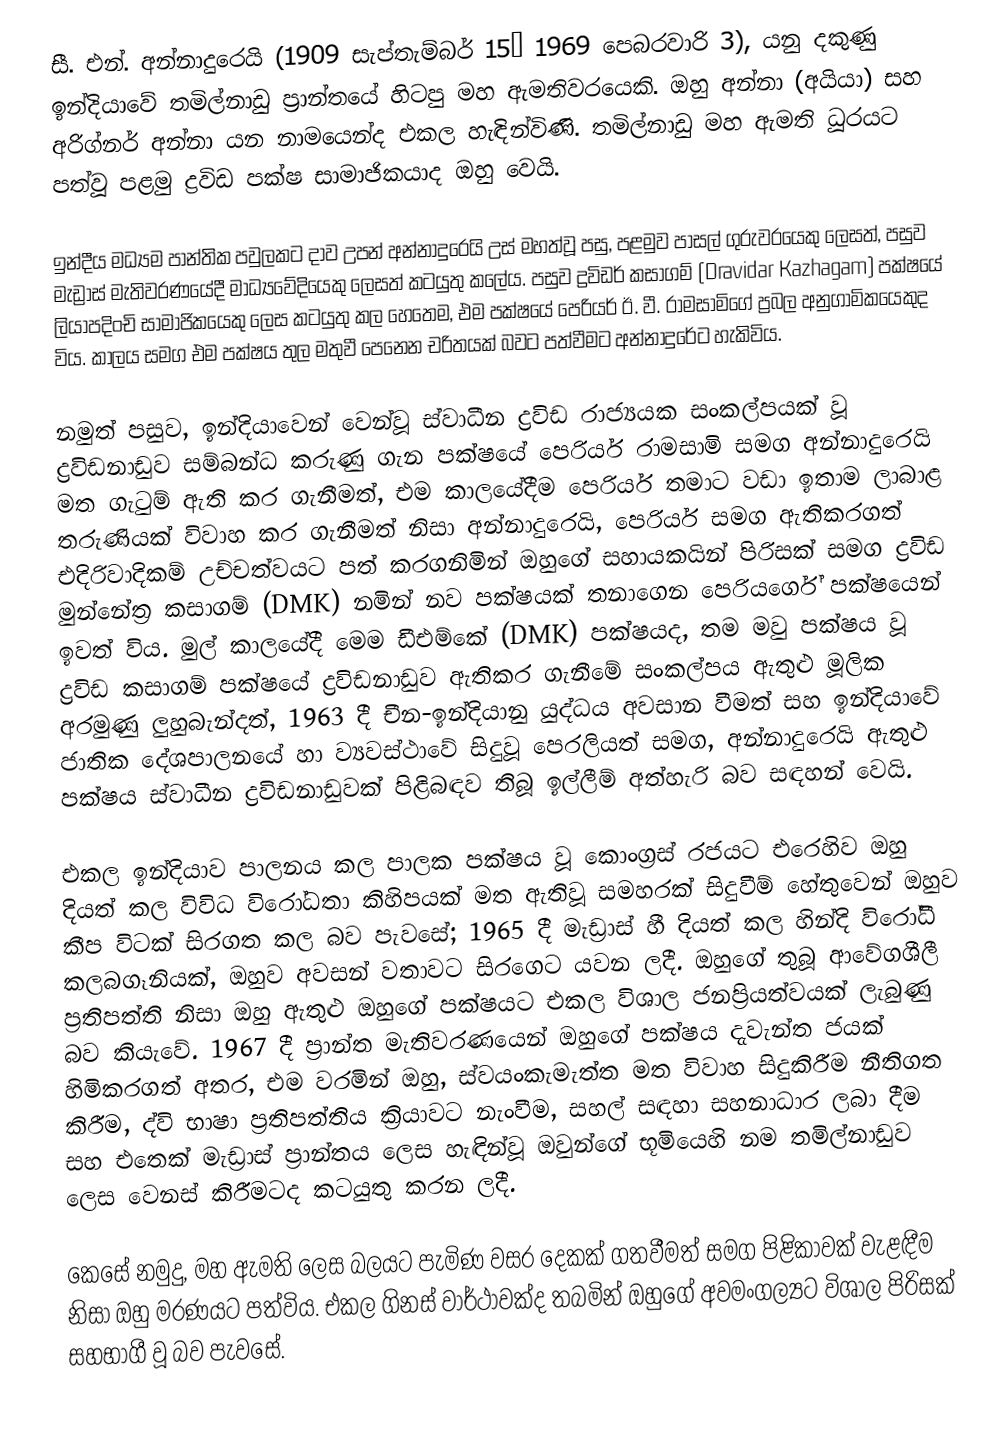
සී. එන්. අන්නාදුරෙයි (1909 සැප්තැම්බර් 15– 1969 පෙබරවාරි 3), යනු දකුණු ඉන්දියාවේ තමිල්නාඩු ප්‍රාන්තයේ හිටපු මහ ඇමතිවරයෙකි. ඔහු අන්නා (අයියා) සහ අරිග්නර් අන්නා යන නාමයෙන්ද එකල හැඳින්විණි. තමිල්නාඩු මහ ඇමති ධූරයට පත්වූ පළමු ද්‍රවිඩ පක්ෂ සාමාජිකයාද ඔහු වෙයි.

ඉන්දීය මධ්‍යම පාන්තික පවුලකට දාව උපන් අන්නාදුරෙයි උස් මහත්වූ පසු, පළමුව පාසල් ගුරුවරයෙකු ලෙසත්, පසුව මැඩ්‍රාස් මැතිවරණයේදී මාධ්‍යවේදියෙකු ලෙසත් කටයුතු කලේය. පසුව ද්‍රවිඩර් කසාගම් (Dravidar Kazhagam) පක්ෂයේ ලියාපදිංචි සාමාජිකයෙකු ලෙස කටයුතු කල හෙතෙම, එම පක්ෂයේ පෙරියර් ඊ. වී. රාමසාමිගේ ප්‍රබල අනුගාමිකයෙකුද විය. කාලය සමග එම පක්ෂය තුල මතුවී පෙනෙන චරිතයක් බවට පත්වීමට අන්නාදුරේට හැකිවිය.

නමුත් පසුව, ඉන්දියාවෙන් වෙන්වූ ස්වාධීන ද්‍රවිඩ රාජ්‍යයක සංකල්පයක් වූ ද්‍රවිඩනාඩුව සම්බන්ධ කරුණු ගැන පක්ෂයේ පෙරියර් රාමසාමි සමග අන්නාදුරෙයි මත ගැටුම් ඇති කර ගැනීමත්, එම කාලයේදීම පෙරියර් තමාට වඩා ඉතාම ලාබාළ තරුණියක් විවාහ කර ගැනීමත් නිසා අන්නාදුරෙයි, පෙරියර් සමග ඇතිකරගත් එදිරිවාදිකම් උච්චත්වයට පත් කරගනිමින් ඔහුගේ සහායකයින් පිරිසක් සමග ද්‍රවිඩ මුන්නේත්‍ර කසාගම් (DMK) නමින් නව පක්ෂයක් තනාගෙන පෙරියර්ගේ පක්ෂයෙන් ඉවත් විය. මුල් කාලයේදී මෙම ඩීඑම්කේ (DMK) පක්ෂයද, තම මවු පක්ෂය වූ ද්‍රවිඩ කසාගම් පක්ෂයේ ද්‍රවිඩනාඩුව ඇතිකර ගැනීමේ සංකල්පය ඇතුළු මූලික අරමුණු ලුහුබැන්දත්, 1963 දී චීන-ඉන්දියානු යුද්ධය අවසාන වීමත් සහ ඉන්දියාවේ ජාතික දේශපාලනයේ හා ව්‍යවස්ථාවේ සිදුවූ පෙරලියත් සමග, අන්නාදුරෙයි ඇතුළු පක්ෂය ස්වාධීන ද්‍රවිඩනාඩුවක් පිළිබඳව තිබූ ඉල්ලීම් අත්හැරි බව සඳහන් වෙයි.

එකල ඉන්දියාව පාලනය කල පාලක පක්ෂය වූ කොංග්‍රස් රජයට එරෙහිව ඔහු දියත් කල විවිධ විරෝධතා කිහිපයක් මත ඇතිවූ සමහරක් සිදුවීම් හේතුවෙන් ඔහුව කීප විටක් සිරගත කල බව පැවසේ; 1965 දී මැඩ්‍රාස් හී දියත් කල හින්දි විරෝධී කලබගෑනියක්, ඔහුව අවසන් වතාවට සිරගෙට යවන ලදී. ඔහුගේ තුබූ ආවේගශීලී ප්‍රතිපත්ති නිසා ඔහු ඇතුළු ඔහුගේ පක්ෂයට එකල විශාල ජනප්‍රියත්වයක් ලැබුණු බව කියැවේ. 1967 දී ප්‍රාන්ත මැතිවරණයෙන් ඔහුගේ පක්ෂය දැවැන්ත ජයක් හිමිකරගත් අතර, එම වරමින් ඔහු, ස්වයංකැමැත්ත මත විවාහ සිදුකිරීම නීතිගත කිරීම, ද්වි භාෂා ප්‍රතිපත්තිය ක්‍රියාවට නැංවීම, සහල් සඳහා සහනාධාර ලබා දීම සහ එතෙක් මැඩ්‍රාස් ප්‍රාන්තය ලෙස හැඳින්වූ ඔවුන්ගේ භූමියෙහි නම තමිල්නාඩුව ලෙස වෙනස් කිරීමටද කටයුතු කරන ලදී.

කෙසේ නමුදු, මහ ඇමති ලෙස බලයට පැමිණ වසර දෙකක් ගතවීමත් සමග පිළිකාවක් වැළඳීම නිසා ඔහු මරණයට පත්විය. එකල ගිනස් වාර්ථාවක්ද තබමින් ඔහුගේ අවමංගල්‍යට විශාල පිරිසක් සහභාගී වූ බව පැවසේ.